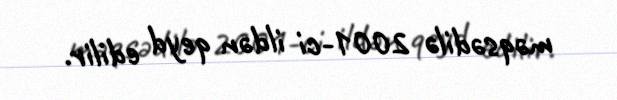
məqsədilə 2001-ci ildən qeyd edilir.